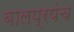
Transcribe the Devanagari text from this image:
बालप्रपंच